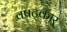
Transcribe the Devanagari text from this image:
वषट्कार